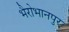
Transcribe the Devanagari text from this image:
भैरोभानपुर